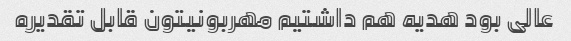
عالی بود هدیه هم داشتیم مهربونیتون قابل تقدیره